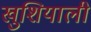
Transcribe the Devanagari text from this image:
खुशियाली